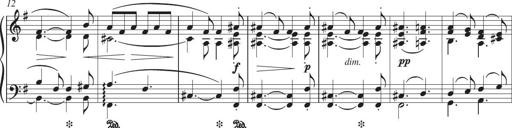
Title: Piano Sonatina in G major
Composer: Johan Peter Emilius Hartmann
Key: G major